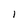
Character: 1